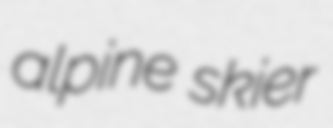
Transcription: alpine skier